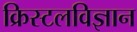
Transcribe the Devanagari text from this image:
क्रिस्टलविज्ञान